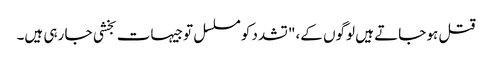
قتل ہو جاتے ہیں لوگوں کے،" تشدد کو مسلسل توجیہات بخشی جا رہی ہیں۔